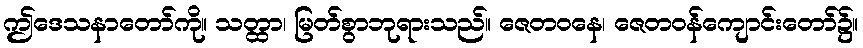
ဤဒေသနာတော်ကို။ သတ္ထာ၊ မြတ်စွာဘုရားသည်။ ဇေတဝနေ၊ ဇေတဝန်ကျောင်းတော်၌။